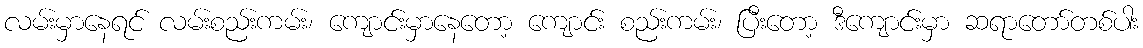
လမ်းမှာနေရင် လမ်းစည်းကမ်း၊ ကျောင်းမှာနေတော့ ကျောင်း စည်းကမ်း၊ ပြီးတော့ ဒီကျောင်းမှာ ဆရာတော်တစ်ပါး